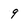
Character: 9